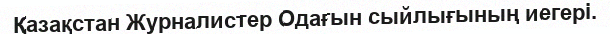
Қазақстан Журналистер Одағын сыйлығының иегері.